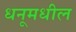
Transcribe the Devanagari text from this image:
धनूमधील